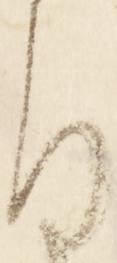
ふ